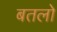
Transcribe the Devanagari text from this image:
बतलो